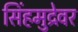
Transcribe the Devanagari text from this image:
सिंहमुद्रेवर